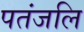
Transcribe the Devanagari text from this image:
पतंजलि